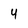
Character: 4